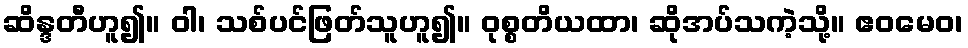
ဆိန္ဒတီဟူ၍။ ဝါ၊ သစ်ပင်ဖြတ်သူဟူ၍။ ဝုစ္စတိယထာ၊ ဆိုအပ်သကဲ့သို့။ ဧဝမေဝ၊